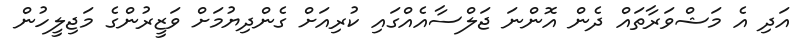
އަދި އެ މަޝްވަރާތައް ދެން އޮންނަ ޖަލްސާއެއްގައި ކުރިއަށް ގެންދިޔުމަށް ވަޒީރުންގެ މަޖިލީހުން